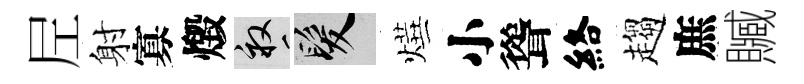
𡰱射寡燬畝髮燁小聳絡趨庶贓